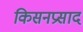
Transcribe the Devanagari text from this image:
किसनप्रसाद